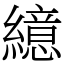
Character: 繶